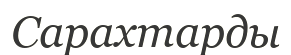
Сарахтарды